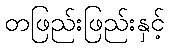
တဖြည်းဖြည်းနှင့်